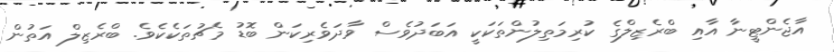
އާޖެންޓީނާ އާއި ބްރެޒިލްގެ ކުރިމަތިލުންތަކަކީ އަބަދުވެސް ވާދަވެރިކަން ބޮޑު މެޗުތަކެކެވެ. ބްރެޒިލް އަތުން